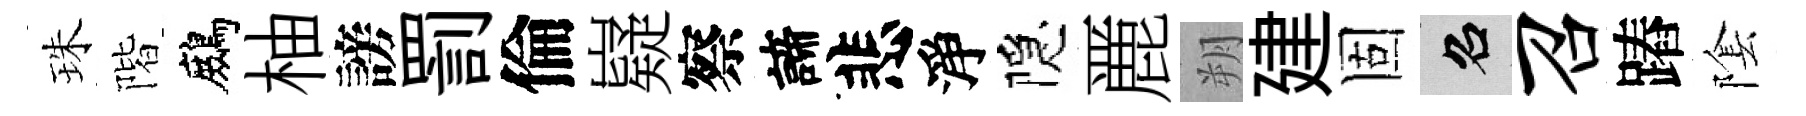
珠階鷓柚謗罰倫嶷察諦悲淨隠䴡朔建固召召蹖隂